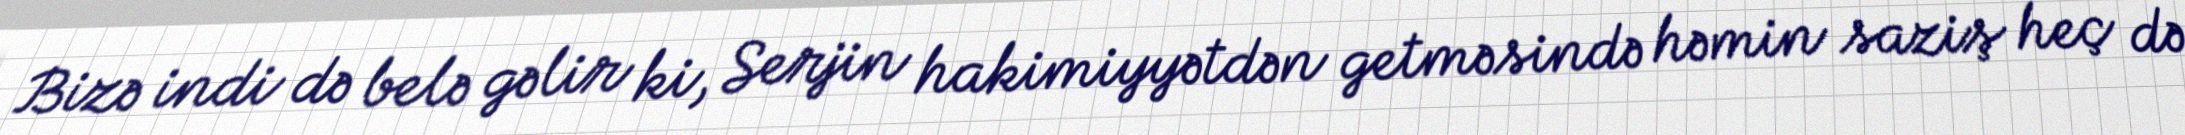
Bizə indi də belə gəlir ki, Serjin hakimiyyətdən getməsində həmin saziş heç də